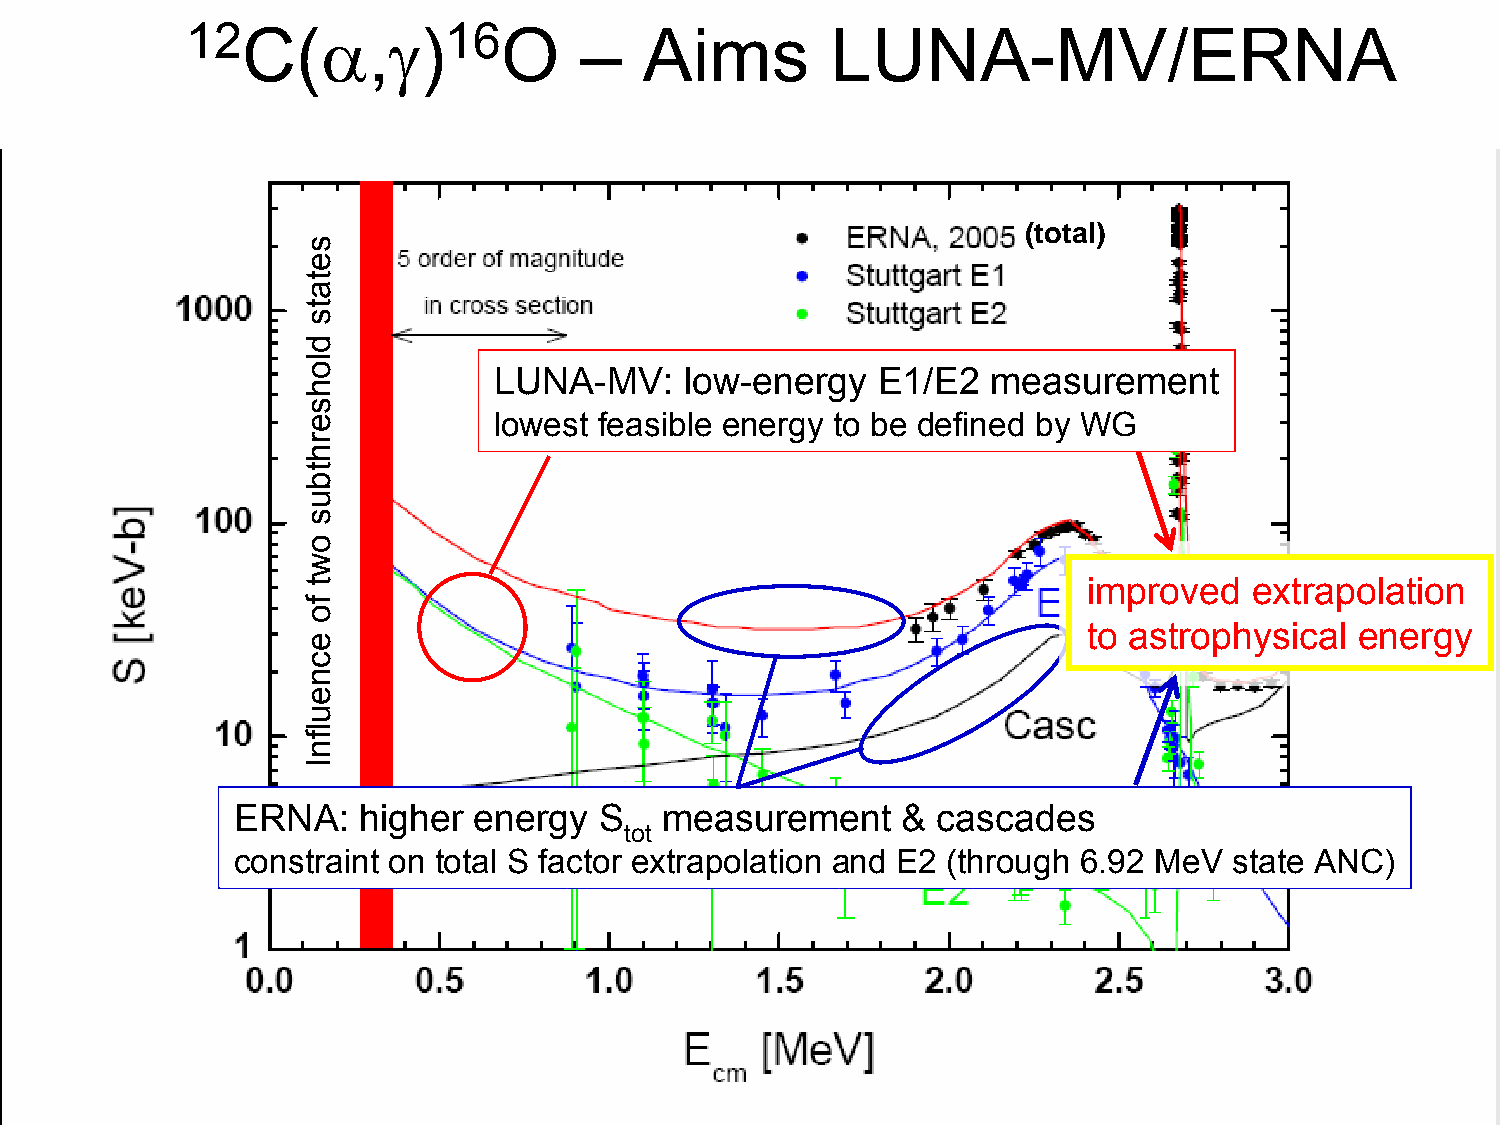
NNUU1 CCLLEE2 AARRC AASSTTRROO(PPHHαYYSSIICCSS,γ)16O – Aims LUNA-MV/ERNA
 (total)
 LUNA-MV:     low-energy   E1/E2  measurement
 lowest feasible energy to be defined by WG
 improved   extrapolation
 to astrophysical  energy
 ERNA:   higher  energy  S   measurement     & cascades
 tot
 constraint on total S factor extrapolation and E2 (through 6.92 MeV state ANC)
 26
 setats
 dlohserhtbus
 owt
 fo
 ecneulfnI